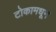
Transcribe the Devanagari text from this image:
टोकामधून